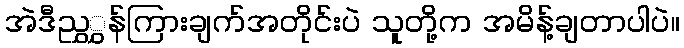
အဲဒီညွှွှန်ကြားချက်အတိုင်းပဲ သူတို့က အမိန့်ချတာပါပဲ။